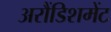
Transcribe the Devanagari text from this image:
अरौंडिशमेंट